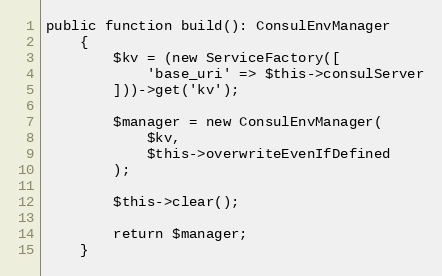
Language: PHP
public function build(): ConsulEnvManager
    {
        $kv = (new ServiceFactory([
            'base_uri' => $this->consulServer
        ]))->get('kv');

        $manager = new ConsulEnvManager(
            $kv,
            $this->overwriteEvenIfDefined
        );

        $this->clear();

        return $manager;
    }